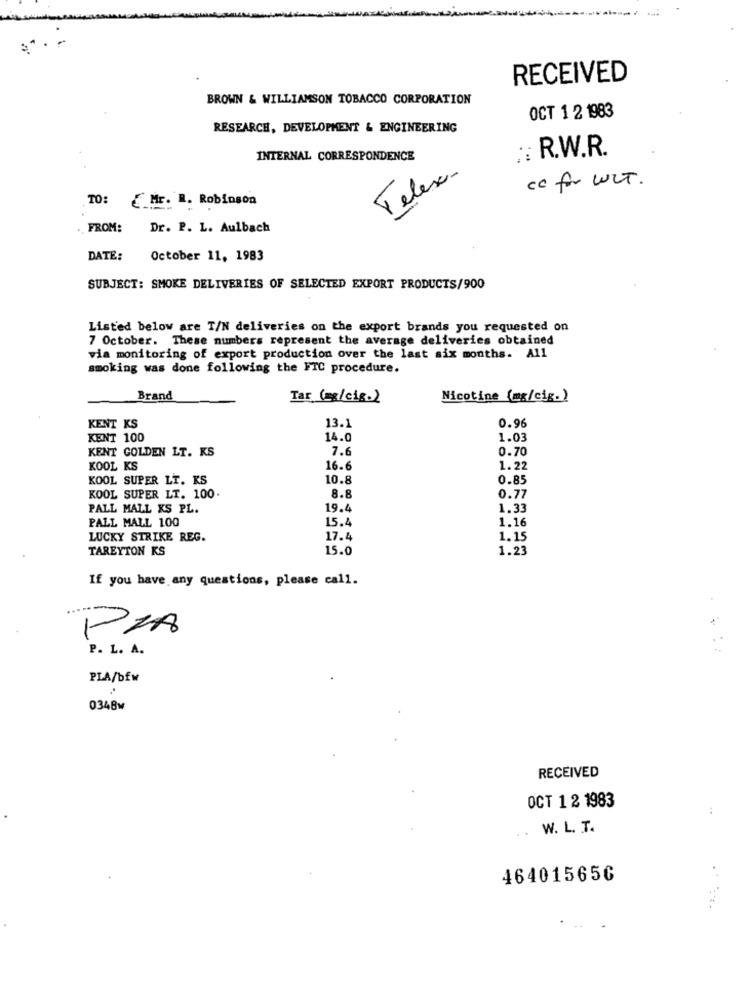
RECEIVED
BROWN & WILLIAMSON TOBACCO CORPORATION
OCT 1 2 1983
RESEARCH, DEVELOPMENT & ENGINEERING
:: R.W.R.
INTERNAL CORRESPONDENCE
Telex-
cc for WIT.
TO: { Mr. R. Robinson
FROM:
Dr. P. L. Aulbach
DATE:
October 11, 1983
SUBJECT: SMOKE DELIVERIES OF SELECTED EXPORT PRODUCTS/900
Listed below are T/N deliveries on the export brands you requested on
7 October. These numbers represent the average deliveries obtained
via monitoring of export production over the last six months. All
smoking was done following the FTC procedure.
Brand
Tar (mg/cig-)
Nicotine (mg/cig.)
13.1
0.96
KENT KS
KENT 100
14.0
1.03
KENT GOLDEN LT. KS
7.6
0.70
KOOL KS
16.6
1. 22
KOOL SUPER LT. KS
10.8
0.85
8.8
KOOL SUPER LT. 100
0.77
PALL MALL XS PL.
19.4
1.33
PALL MALL 100
15.4
1.16
LUCKY STRIKE REG.
17.4
1.15
TAREYTON KS
15.0
1.23
If you have any questions, please call.
PIA
P. L. A.
+.
PLA/bfw
0348⑈
RECEIVED
OCT 1 2 1983
W. L. T.
..
464015656